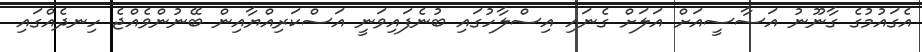
އެގައުމުގެ ގާނޫނު އަސާސީއަށް އަލަށް ގެނައި އިސްލާހުގައި ބުނެފައިވަނީ އަސްކަރިއްޔާއިން ބޭނުންވެއްޖެ ހިނދެއްގައި